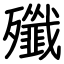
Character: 殲